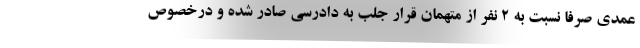
عمدي صرفا نسبت به 2 نفر از متهمان قرار جلب به دادرسي صادر شده و درخصوص